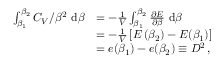
\begin{array} { r l } { \int _ { \beta _ { 1 } } ^ { \beta _ { 2 } } C _ { V } / \beta ^ { 2 } ~ \mathrm d \beta } & { = - \frac 1 V \int _ { \beta _ { 1 } } ^ { \beta _ { 2 } } \frac { \partial E } { \partial \beta } ~ \mathrm d \beta } \\ & { = - \frac 1 V \left[ E \left( \beta _ { 2 } \right) - E ( \beta _ { 1 } ) \right] } \\ & { = e ( \beta _ { 1 } ) - e ( \beta _ { 2 } ) \equiv D ^ { 2 } \, , } \end{array}